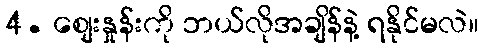
4. စျေးနှုန်းကို ဘယ်လိုအချိန်နဲ့ ရနိုင်မလဲ။